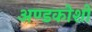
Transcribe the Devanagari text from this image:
अण्डकोशों